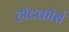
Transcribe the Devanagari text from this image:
हॉटकोर्स